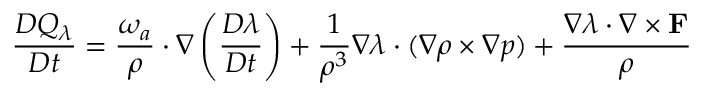
\frac { D Q _ { \lambda } } { D t } = \frac { \boldsymbol { \omega } _ { a } } { \rho } \cdot \nabla \left( \frac { D \lambda } { D t } \right) + \frac { 1 } { \rho ^ { 3 } } \nabla \lambda \cdot ( \nabla \rho \times \nabla p ) + \frac { \nabla \lambda \cdot \nabla \times { \bf F } } { \rho }